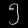
Digit: ၅